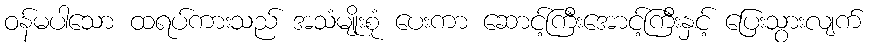
ဝန်မပါသော ထရပ်ကားသည် အသံမျိုးစုံ ပေးကာ ဆောင့်ကြီးအောင့်ကြီးနှင့် ပြေးသွားလျက်